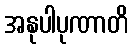
အနုပါပုဏာတိ